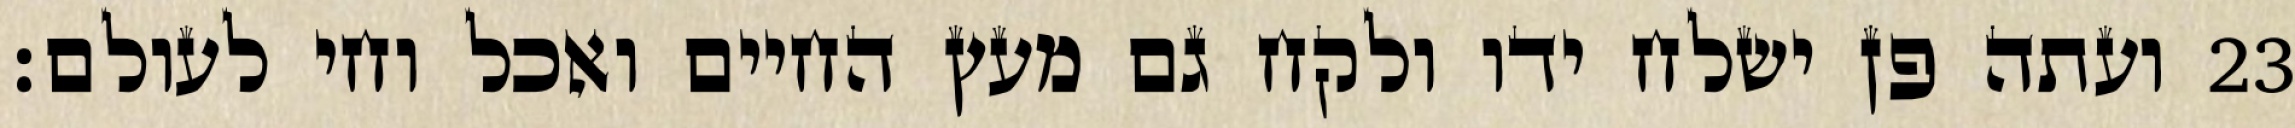
ועתה פן ישלח ידו ולקח גם מעץ החיים ואכל וחי לעולם׃ ‎23‏